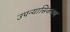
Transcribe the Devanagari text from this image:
उपन्यासिकरण